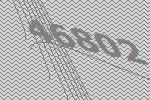
46802